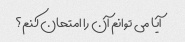
آیا می توانم آن را امتحان کنم؟